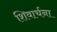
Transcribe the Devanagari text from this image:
शिवार्चना